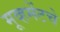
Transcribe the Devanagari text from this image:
मूव्हमेंटचे